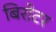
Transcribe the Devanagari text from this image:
बिरोटर